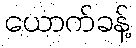
ယောက်ခန့်